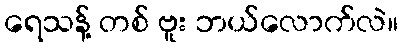
ရေသန့် တစ် ဗူး ဘယ်လောက်လဲ။